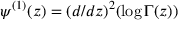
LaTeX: \psi ^ { ( 1 ) } ( z ) = ( d / d z ) ^ { 2 } ( \log \Gamma ( z ) )